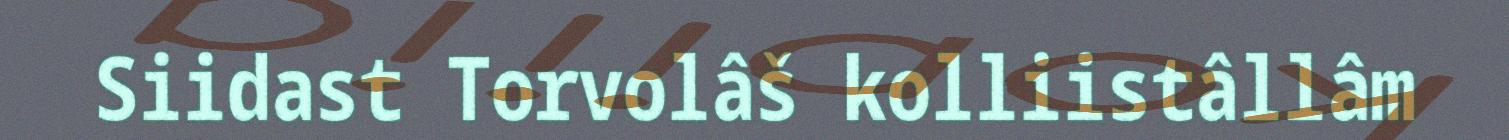
Siidast Torvolâš kolliistâllâm